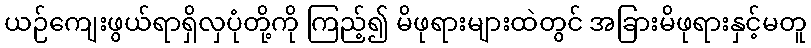
ယဉ်ကျေးဖွယ်ရာရှိလှပုံတို့ကို ကြည့်၍ မိဖုရားများထဲတွင် အခြားမိဖုရားနှင့်မတူ